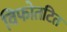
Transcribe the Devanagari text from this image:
विफोतटित